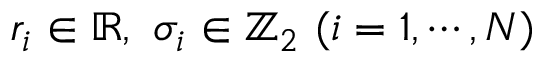
r _ { i } \in \mathbb { R } , ~ \sigma _ { i } \in \mathbb { Z } _ { 2 } ~ ( i = 1 , \cdots , N )